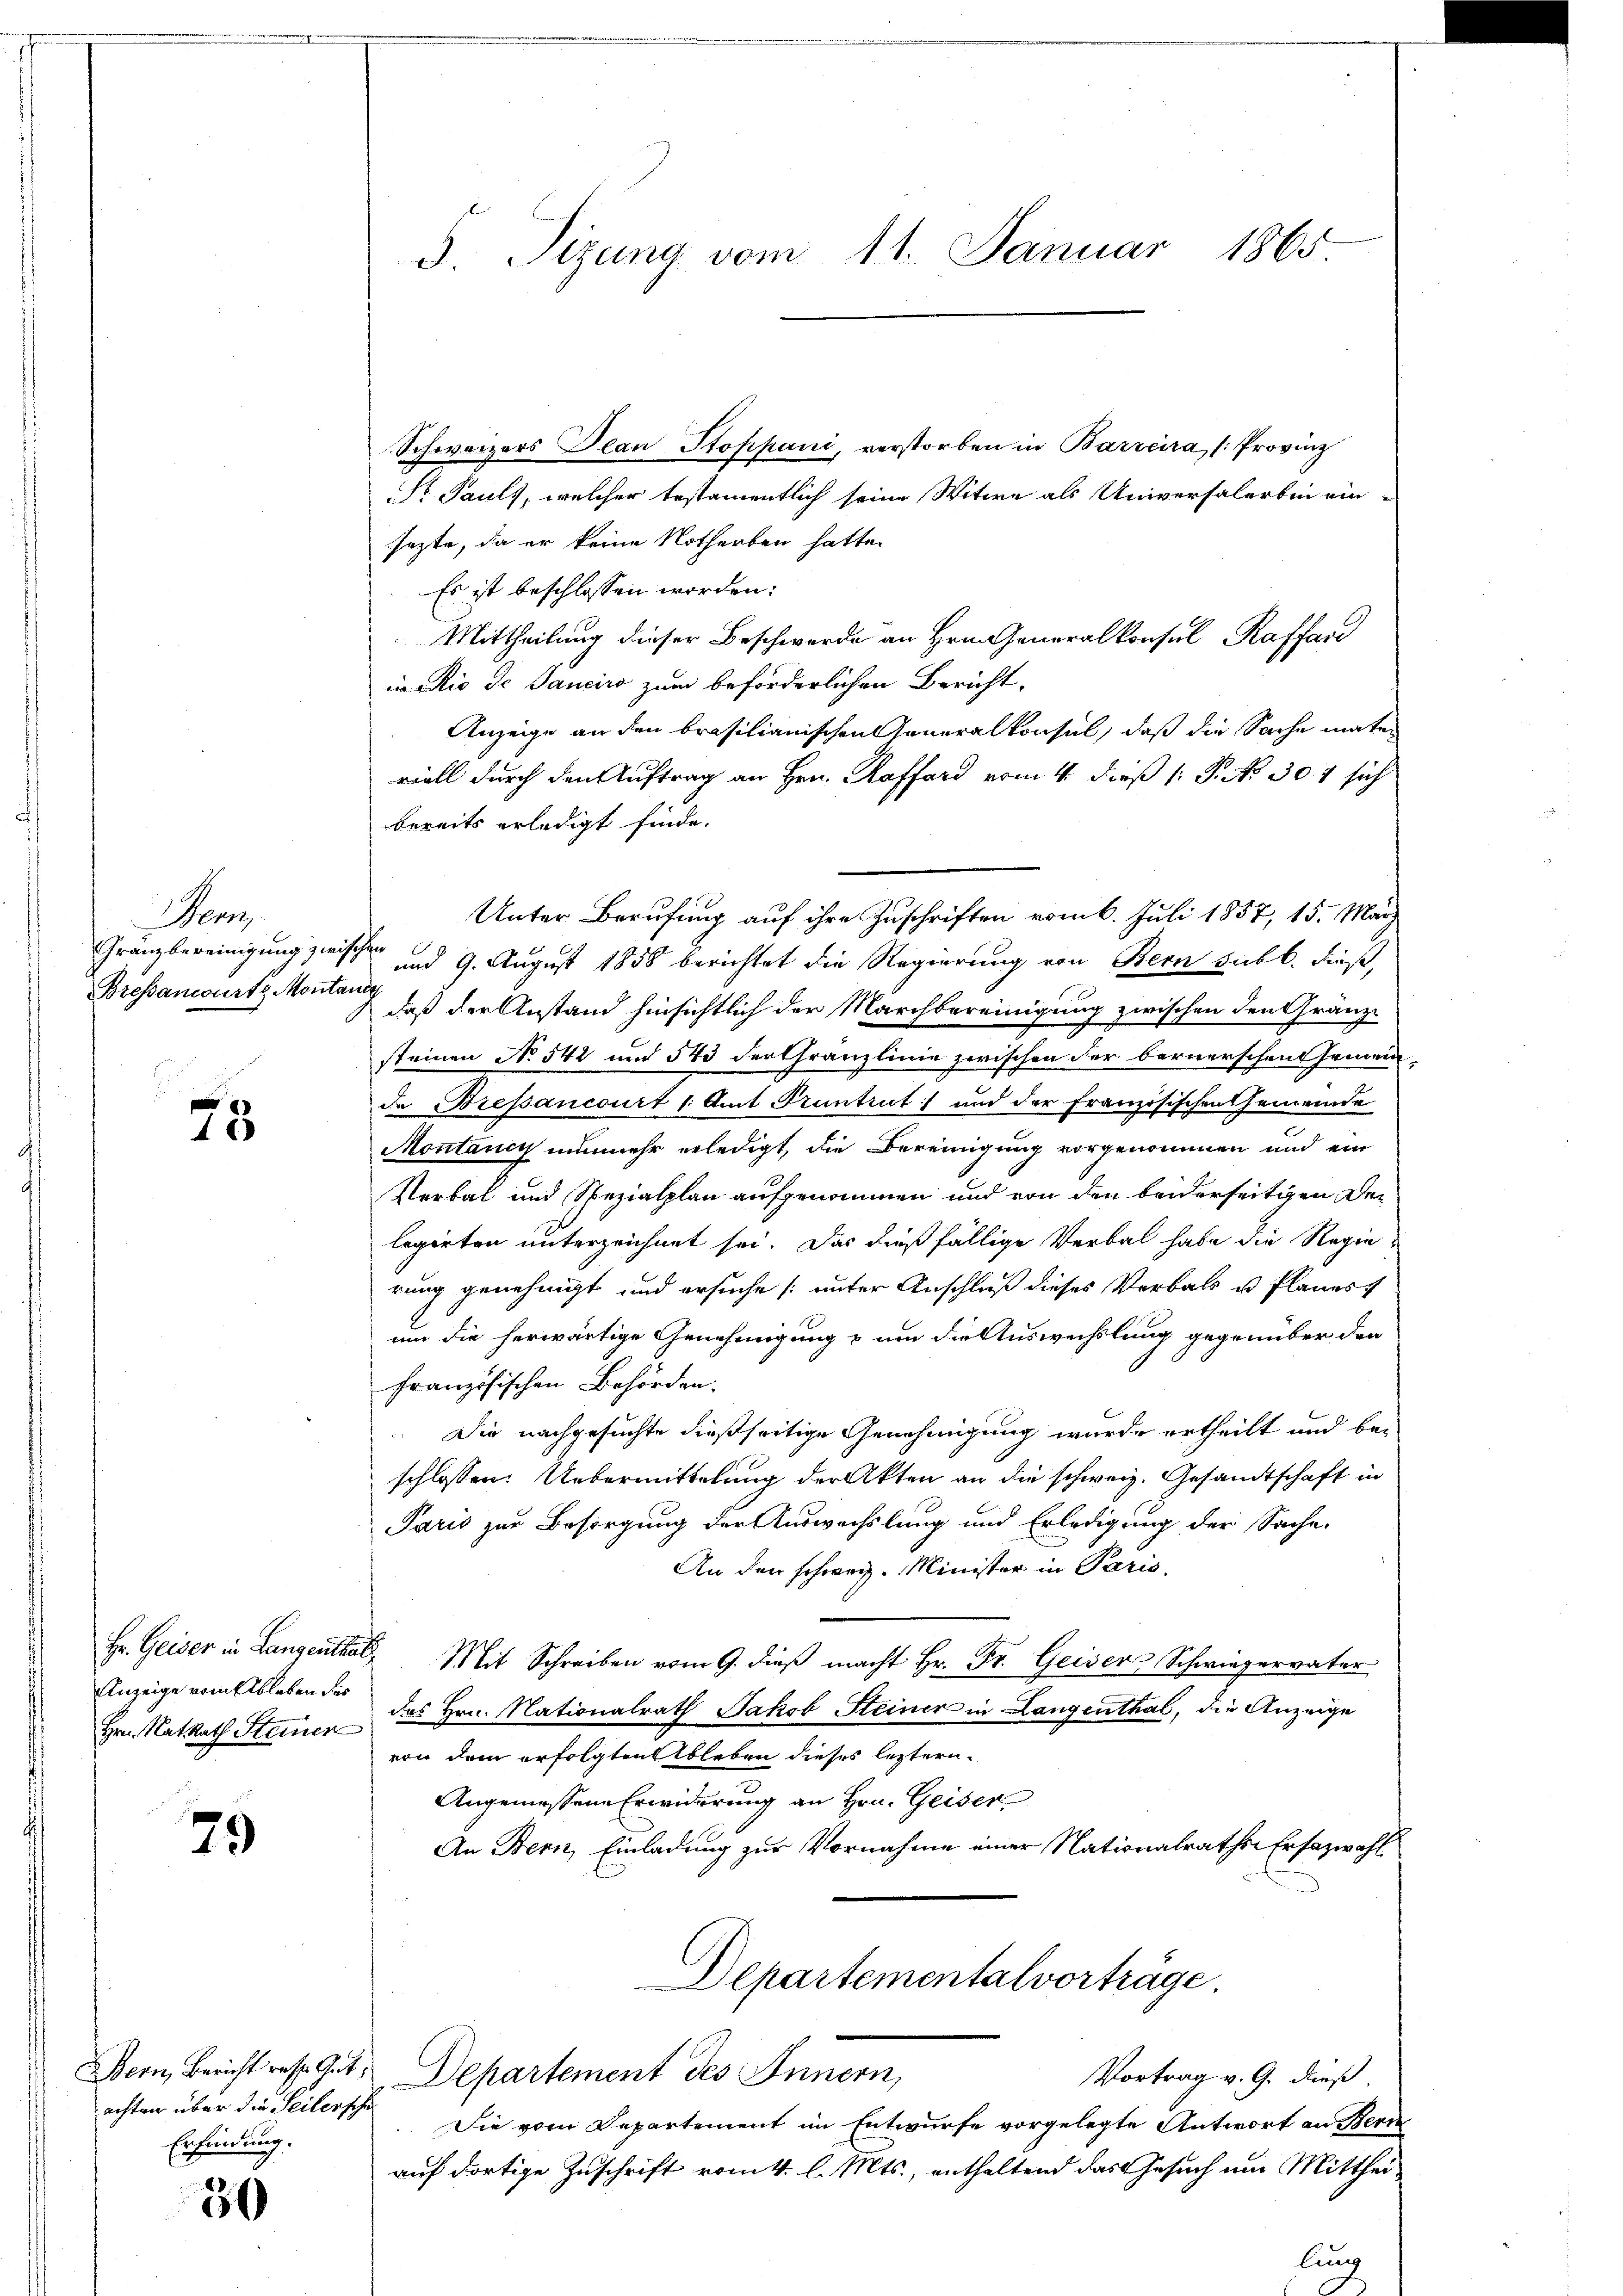
Wenz
Gränzbereinigung zwisch
Bressancurtz Monta

75

Anzeige vom Ableben der
Hrn. NatRath Steinen

70

achten über die Seilersche
Erfindung.

30

d. Sizung vom 11. Januar 1865.

Schweizers Plan Stoppani, verstorben in Barreira (Provinz
Sr Pauls, welcher testamentlich seine Witwe als Universalerben ein-
sezte, da er keine Notherben hatte.
Es ist beschlossen worden:
Mittheilung dieser Beschwerde an Hrn. Generalkonsul Raffard
in Rio de Sanciro zum beförderlichen Bericht,
Anzeige an den brasilianischen Generalkonsul, daß die Sache mater
viell durch den Auftrag an Hrn. Raffard vom 4. dieß (: P. No 301 sich
bereits erledigt finde.
Unter Berufung auf ihre Zuschriften vom 6. Juli 1857, 15. März
 und 9. August 1858 berichtet die Regierung von Bern subt. dieß,
.
daß der Anstand hinsichtlich der Marchbereinigung zwischen den Gränzsteinen No 542 und 543 derthranzlinie zwischen der bernerschent seinem
de Brepancourt 1. Amt Pruntrut und der Französischen Gemeinde
Montauch nunmehr erledigt, die Bereinigung vorgenommen und ein
Verbal und Spezialplan aufgenommen und von den beiderseitigen Der
legirten unterzeichnet sei. Das dießfällige Verbal habe die Regierung genehmigt und ersuche [unter Anschluß dieses Verbals u. Planes
um die herwärtige Genehmigung & um die Auswechslung gegenüber den
Französischen Behörden.
 Die nachgesuchte dießseitige Genehmigung wurde ertheilt und be-
schlossen: Uebermittelung der Akten an die schweiz. Gesandtschaft in
Paris zur Besorgung der Auswechslung und Erledigung der Sache.
An den schweiz. Minister in Paris.
Hr. Geiser in Langenthal, Mit Schreiben vom 9. dieβ macht Hr. Fr. Geiser Schwiegervater
des Hrn. Nationalrath Jakob Steiner in Langenthal, die Anzeige
von dem erfolgten Ableben dieses leztern.
Angemessene Erwiderung an Hrn. Geiser
An Bern, Einladung zur Vornahme einer Nationalrathen Erfazwahl
Departementalvorträge.
Bern, Bericht resp. Gut. Departement des Innern,
Vortrag v. G. dieß.
Die vom Departement im Entwurfe vorgelegte Antwort an Bern
auf dortige Zuschrift vom 4. l. Mts., enthaltend das Gesuch um Mitthei¬

lung